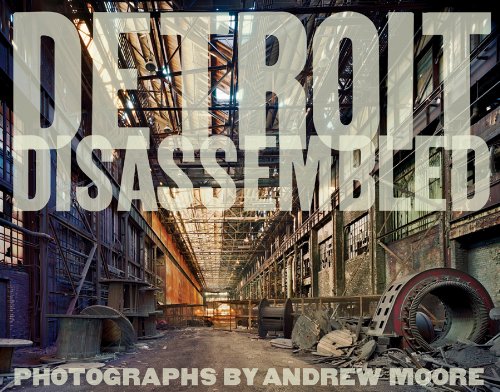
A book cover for Andrew Moore: Detroit Disassembled; Andrew Moore; Arts & Photography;